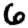
Digit: 6